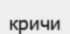
кричи